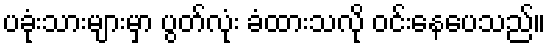
ပခုံးသားများမှာ ပွတ်လုံး ခံထားသလို ဝင်းနေပေသည်။